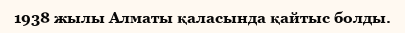
1938 жылы Алматы қаласында қайтыс болды.